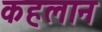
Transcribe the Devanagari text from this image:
कहलान